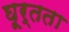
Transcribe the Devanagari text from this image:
घूर्तता